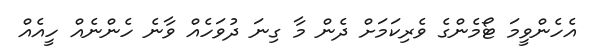
އެހެންވީމަ ޓޯމެންގެ ވެރިކަމަށް ދެން މާ ގިނަ ދުވަހެއް ވާނެ ހެންނެއް ހީއެއް